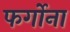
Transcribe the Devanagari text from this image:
फर्गोना